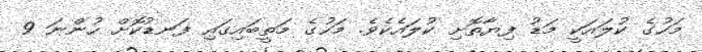
މަހުގެ ކުލައަކީ މަޑު ފިޔާތޮށި ކުލައެކެވެ. މަހުގެ މަތީބައިގައި ފަނޑުކޮށް ހުންނަ 9